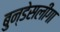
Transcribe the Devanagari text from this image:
बुन्डेसलीगा